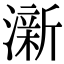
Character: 澵